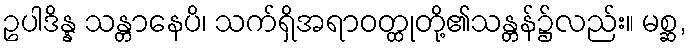
ဥပါဒိန္န သန္တာနေပိ၊ သက်ရှိအရာဝတ္ထုတို့၏သန္တန်၌လည်း။ မစ္ဆ,